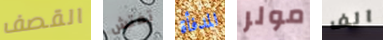
القصف تفتش المدفأة مولر الف